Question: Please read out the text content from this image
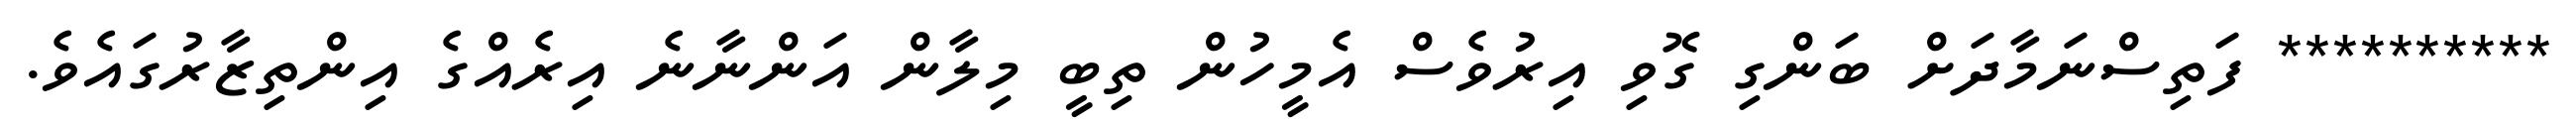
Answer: ********** ފަތިސްނަމާދަށް ބަންގި ގޮވި އިރުވެސް އެމީހުން ތިބީ މިލާން އަންނާނެ އިރެއްގެ އިންތިޒާރުގައެވެ.